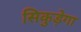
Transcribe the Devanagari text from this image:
सिकुड़ेगा